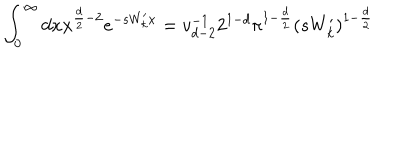
\int _ { 0 } ^ { \infty } d x x ^ { \frac { d } { 2 } - 2 } e ^ { - s W _ { k } ^ { \prime } x } = v _ { d - 2 } ^ { - 1 } 2 ^ { 1 - d } \pi ^ { 1 - \frac { d } { 2 } } ( s W _ { k } ^ { \prime } ) ^ { 1 - \frac { d } { 2 } }